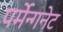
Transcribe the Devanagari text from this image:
पर्मेन्गनेट